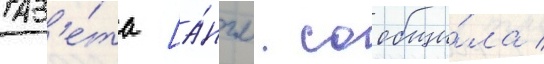
Газ'е́та [а́нгл. сообщи́ла /